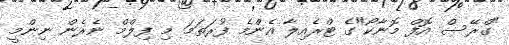
"ގްރޭސް އޮފް މޮނާކޯ"ގެ ޓްރެއިލާ އެންމެ ފުރަތަމަ މި ފިލްމް ނެރެން ނިންމީ